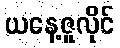
ယနေ့ဇူလိုင်